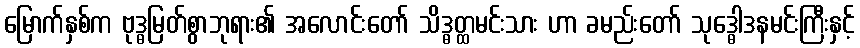
မြောက်နှစ်က ဗုဒ္ဓမြတ်စွာဘုရား၏ အလောင်းတော် သိဒ္ဓတ္ထမင်းသား ဟာ ခမည်းတော် သုဒ္ဓေါဒနမင်းကြီးနှင့်